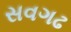
સવગઢ